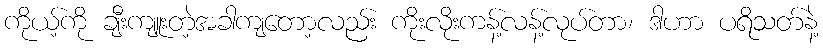
ကိုယ့်ကို ချီးကျူးတဲ့အခါကျတော့လည်း ကိုးလိုးကန့်လန့်လုပ်တာ၊ ဒါဟာ ပရိသတ်နဲ့